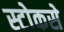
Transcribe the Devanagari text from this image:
स्टोकसे